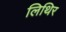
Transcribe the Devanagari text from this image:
लिथिर